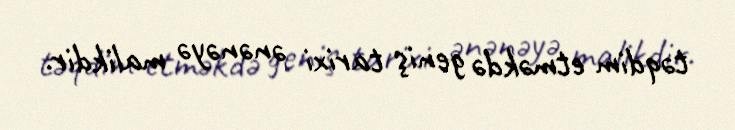
təqdim etməkdə geniş tarixi ənənəyə malikdir.